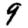
Digit: 9